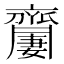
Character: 𪗍